Insane asylums in Bengal annual reports 1876-1887 - 1876-1887
Year: 1876
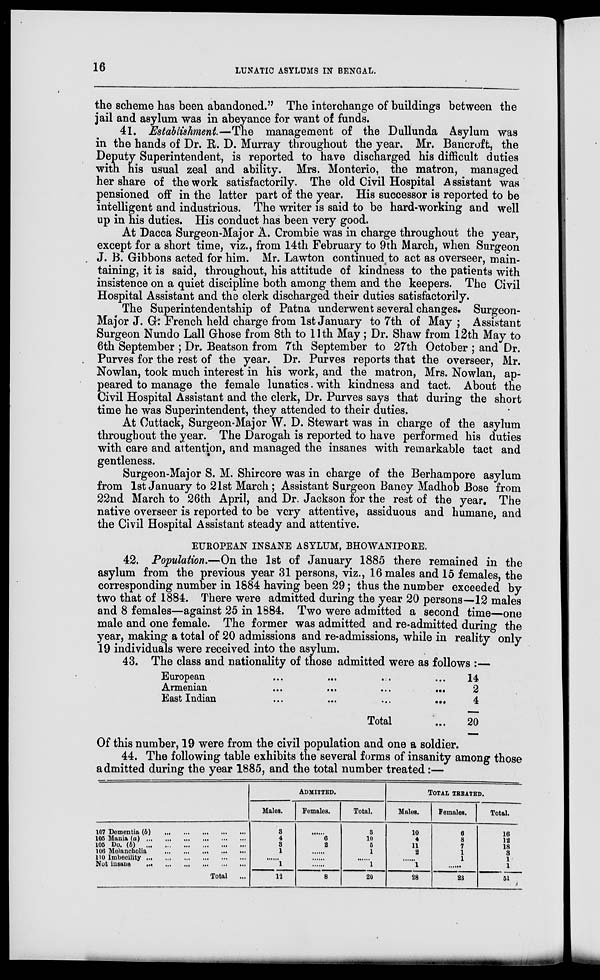
16
LUNATIC ASYLUMS IN BENGAL.
the scheme has been abandoned." The interchange of buildings between the
jail and asylum was in abeyance for want of funds.
41. Establishment.—The management of the Dullunda Asylum was
in the hands of Dr. R. D. Murray throughout the year. Mr. Bancroft, the
Deputy Superintendent, is reported to have discharged his difficult duties
with his usual zeal and ability. Mrs. Monterio, the matron, managed
her share of the work satisfactorily. The old Civil Hospital Assistant was
pensioned off in the latter part of the year. His successor is reported to be
intelligent and industrious. The writer is said to be hard-working and well
up in his duties. His conduct has been very good.
At Dacca Surgeon-Major A. Crombie was in charge throughout the year,
except for a short time, viz., from 14th February to 9th March, when Surgeon
J. B. Gibbons acted for him. Mr. Lawton continued to act as overseer, main-
taining, it is said, throughout, his attitude of kindness to the patients with
insistence on a quiet discipline both among them and the keepers. The Civil
Hospital Assistant and the clerk discharged their duties satisfactorily.
The Superintendentship of Patna underwent several changes, Surgeon-
Major J. G: French held charge from 1st January to 7th of May; Assistant
Surgeon Nundo Lall Ghose from 8th to 11th May; Dr. Shaw from 12th May to
6th September ; Dr. Beatson from 7th September to 27th October ; and Dr.
Purves for the rest of the year. Dr. Purves reports that the overseer, Mr.
Nowlan, took much interest in his work, and the matron, Mrs. Nowlan, ap-
peared to manage the female lunatics. with kindness and tact. About the
Civil Hospital Assistant and the clerk, Dr. Purves says that during the short
time he was Superintendent, they attended to their duties.
At Cuttack, Surgeon-Major W. D. Stewart was in charge of the asylum
throughout the year. The Darogah is reported to have performed his duties
with care and attention, and managed the insanes with remarkable tact and
gentleness.
Surgeon-Major S. M. Shircore was in charge of the Berhampore asylum
from 1st January to 21st March ; Assistant Surgeon Baney Madhob Bose from
22nd March to 26th April, and Dr. Jackson for the rest of the year. The
native overseer is reported to be very attentive, assiduous and humane, and
the Civil Hospital Assistant steady and attentive.
EUROPEAN INSANE ASYLUM, BHOWANIPORE.
42. Population.—On the 1st of January 1885 there remained in the
asylum from the previous year 31 persons, viz., 16 males and 15 females, the
corresponding number in 1884 having been 29; thus the number exceeded by
two that of 1884. There were admitted during the year 20 persons—12 males
and 8 females—against 25 in 1884. Two were admitted a second time—one
male and one female. The former was admitted and re-admitted during the
year, making a total of 20 admissions and re-admissions, while in reality only
19 individuals were received into the asylum.
43. The class and nationality of those admitted were as follows :—
European ... ... ... ...
Armenian
...
...
...
...
East Indian ... ... ... ...
Total ... ... ... ...
14
2
4
20
Of this number, 19 were from the civil population and one a soldier.
44. The following table exhibits the several forms of insanity among those
admitted during the year 1885, and the total number treated:—
107 Dementia (b)
...
...
...
...
...
105 Mania (a)
...
...
...
...
...
...
105 Do. (b)
...
...
...
...
...
...
106 Melancholia ... ... ... ... ... ...
110 Imbecility
...
...
...
...
...
...
Not insane
...
...
...
...
...
...
Total
...
ADMITTED.
Males.
3
4
3
1
......
1
12
Females.
......
6
2
......
......
......
8
Total.
3
10
5
1
......
1
20
TOTAL TREATED.
Males.
10
4
11
2
......
1
28
Females.
6
8
7
1
1
......
23
Total.
16
12
18
3
1
1
51